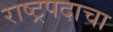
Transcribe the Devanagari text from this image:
राष्ट्रपदाचा